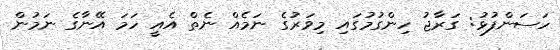
ހަސަންފުޅު: ގަރާޖު ހިންގުމުގައި މިވަރުގެ ނަމެއް ނެތް އެއީ ހަމަ އޭނާގެ ނަމުން